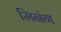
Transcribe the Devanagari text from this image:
मिनंग